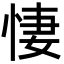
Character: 悽